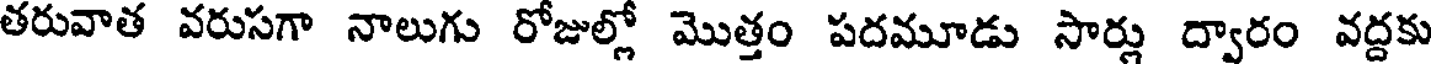
తరువాత వరుసగా నాలుగు రోజుల్లో మొత్తం పదమూడు సార్లు ద్వారం వద్దకు